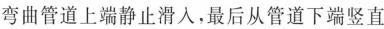
弯曲管道上端静止滑人，最后从管道下端竖直